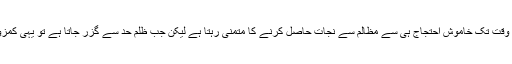
کیوںکہ جب ظلم کی انتہا ہو جاتی ہے تو یہ مظلوم کسی وقت تک خاموش احتجاج ہی سے مظالم سے نجات حاصل کرنے کا متمنی رہتا ہے لیکن جب ظلم حد سے گزر جاتا ہے تو یہی کمزور اور امن پسند انسان انتہائی اقدام پر مجبور ہوجاتا ہے۔